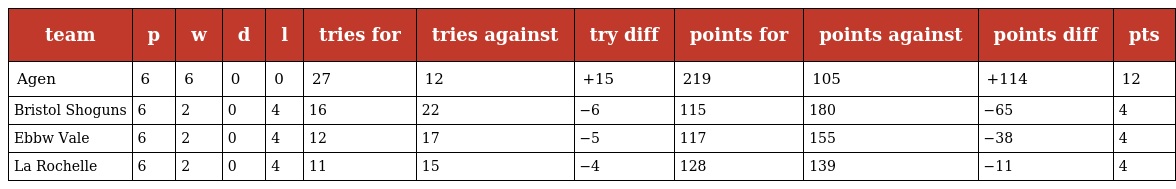
| team | p | w | d | l | tries for | tries against | try diff | points for | points against | points diff | pts |
 | --- | --- | --- | --- | --- | --- | --- | --- | --- | --- | --- | --- |
 | Agen | 6 | 6 | 0 | 0 | 27 | 12 | +15 | 219 | 105 | +114 | 12 |
 | Bristol Shoguns | 6 | 2 | 0 | 4 | 16 | 22 | −6 | 115 | 180 | −65 | 4 |
 | Ebbw Vale | 6 | 2 | 0 | 4 | 12 | 17 | −5 | 117 | 155 | −38 | 4 |
 | La Rochelle | 6 | 2 | 0 | 4 | 11 | 15 | −4 | 128 | 139 | −11 | 4 |